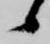
候